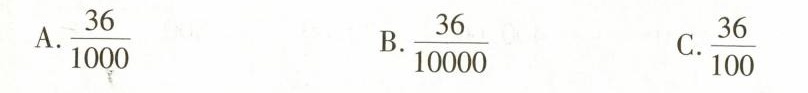
A. \frac{36}{1000} B. \frac{36}{10000} C. \frac{36}{100}